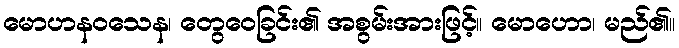
မောဟနဝသေန၊ တွေဝေခြင်း၏ အစွမ်းအားဖြင့်။ မောဟော၊ မည်၏။